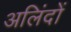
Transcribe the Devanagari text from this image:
अलिंदों